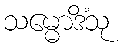
သမ္မောဒိံသု